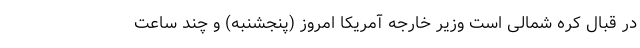
در قبال کره شمالی است وزیر خارجه آمریکا امروز (پنجشنبه) و چند ساعت